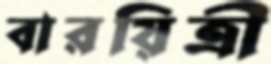
বারয়িত্রী